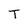
Character: T